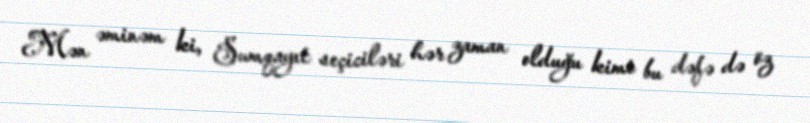
Mən əminəm ki, Sumqayıt seçiciləri hər zaman olduğu kimi bu dəfə də öz